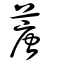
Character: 蓎